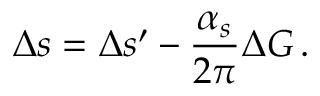
\Delta s = \Delta s ^ { \prime } - \frac { \alpha _ { s } } { 2 \pi } \Delta G \, .